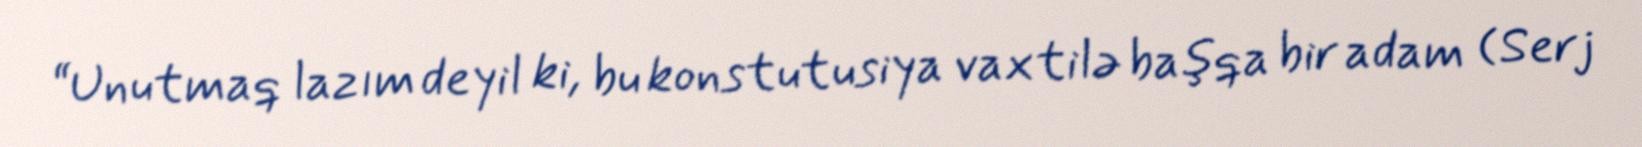
“Unutmaq lazım deyil ki, bu konstutusiya vaxtilə başqa bir adam (Serj